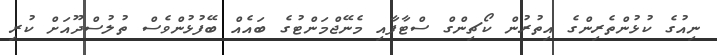
ނިއުގެ ކުޅުންތެރިންގެ އިތުރުން ކޯޗިންގް ސްޓާފާއި މެނޭޖްމަންޓުގެ ބައެއް ބޭފުޅުންވެސް ތުލުސްދޫއަށް ކުރި